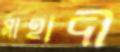
মাহাদী